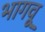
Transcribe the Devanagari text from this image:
भागवू